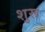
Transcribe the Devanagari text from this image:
शुरू